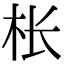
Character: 枨